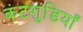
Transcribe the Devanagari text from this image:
कंटशुंडियाँ